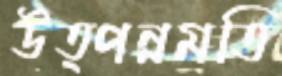
উত্পন্নমতি